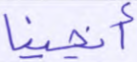
أنجينا